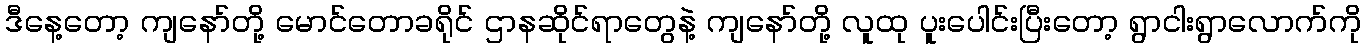
ဒီနေ့တော့ ကျနော်တို့ မောင်တောခရိုင် ဌာနဆိုင်ရာတွေနဲ့ ကျနော်တို့ လူထု ပူးပေါင်းပြီးတော့ ရွာငါးရွာလောက်ကို